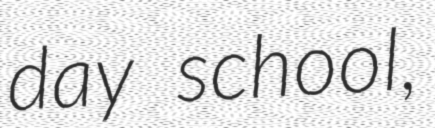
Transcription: day school,